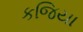
કજિયા